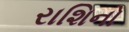
રાશિનો